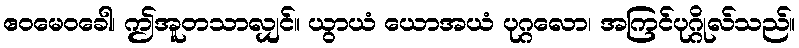
ဧဝမေဝခေါ၊ ဤအူတသာလျှင်။ ယွာယံ ယောအယံ ပုဂ္ဂလော၊ အကြင်ပုဂ္ဂိုလ်သည်။